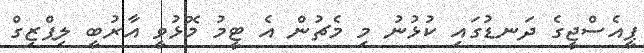
ޕީއެސްޖީގެ ދަނޑުގައި ކުޅުނު މި މެޗުން އެ ޓީމު މޮޅުވީ އާރުބީ ލިޕްޒިގް